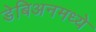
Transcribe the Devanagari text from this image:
डेबिअनमध्ये